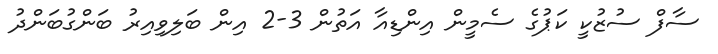
ސާފް ސުޒުކީ ކަޕުގެ ސެމީން އިންޑިއާ އަތުން 3-2 އިން ބަލިވިއިރު ބަންގުބަންދު